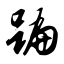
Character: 蹁